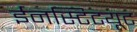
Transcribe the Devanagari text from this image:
ईनस्टिटयूट